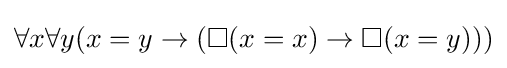
\forall x\forall y(x=y\to (\Box (x=x)\to \Box (x=y)))